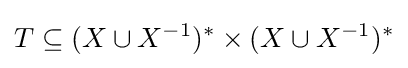
T\subseteq (X\cup X^{-1})^{*}\times (X\cup X^{-1})^{*}